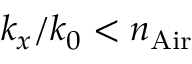
k _ { x } / { k _ { 0 } } < n _ { \mathrm { A i r } }